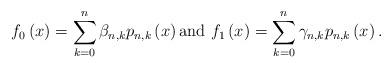
LaTeX: \begin{align*}f_{0}\left( x\right) =\sum_{k=0}^{n}\beta_{n,k}p_{n,k}\left( x\right) \text{and }f_{1}\left( x\right) =\sum_{k=0}^{n}\gamma_{n,k}p_{n,k}\left( x\right) .\end{align*}